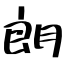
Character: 朗